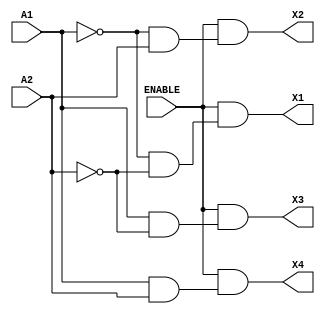
`timescale 1ns / 1ps

module decoder_2_4(
    input A1,
    input A2,
    input ENABLE,
    output X1,
     X2,
     X3,
     X4
    );
    
    assign X1 = (ENABLE & (!A1 & !A2));
    assign X2 = (ENABLE & (!A1 & A2));
    assign X3 = (ENABLE & (A1 & !A2));
    assign X4 = (ENABLE & (A1 & A2));
    
endmodule